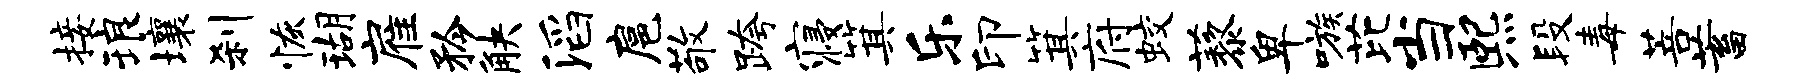
接琅壤刹恢瑚雇矜觖滔扈敬跨寝箕乐印箕府蛟藜卑嗾芘当熙段毒菩蓄